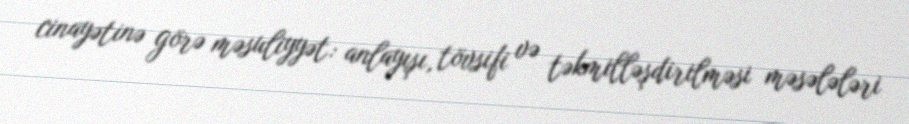
cinayətinə görə məsuliyyət: anlayışı, tövsifi və təkmilləşdirilməsi məsələləri